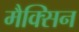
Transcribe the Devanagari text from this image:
मैक्सिन